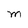
Character: M